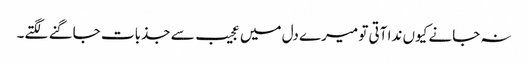
نہ جانے کیوں ندا آتی تو میرے دل میں عجیب سے جذبات جاگنے لگتے۔